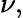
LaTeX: \nu,